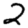
Digit: 2